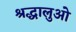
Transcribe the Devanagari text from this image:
श्रद्धालुओ